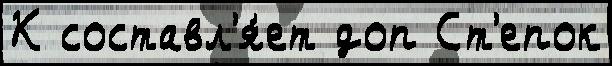
К составл'я́ет доп Ст'епок